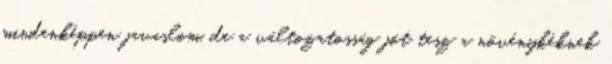
mindenképpen javaslom, de a változatosság jót tesz a növénykéknek